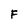
Character: F